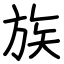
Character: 族